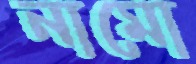
নামো